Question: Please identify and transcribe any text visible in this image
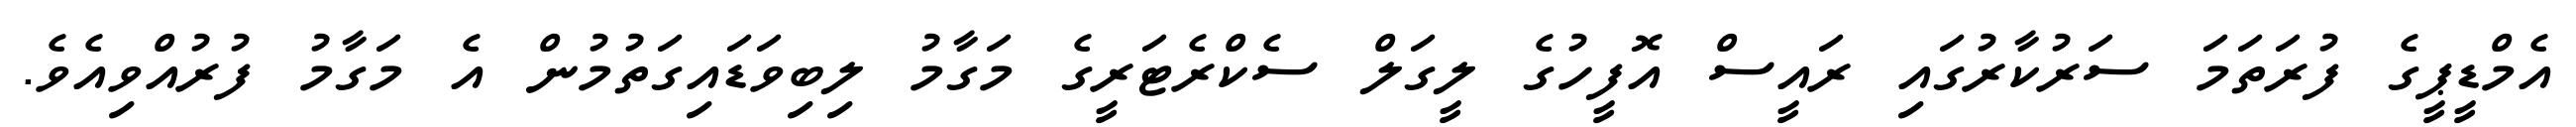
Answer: އެމްޑީޕީގެ ފުރަތަމަ ސަރުކާރުގައި ރައީސް އޮފީހުގެ ލީގަލް ސެކްރެޓަރީގެ މަގާމު ލިބިވަޑައިގަތުމުން އެ މަގާމު ފުރުއްވިއެވެ.